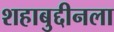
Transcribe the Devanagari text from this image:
शहाबुद्दीनला